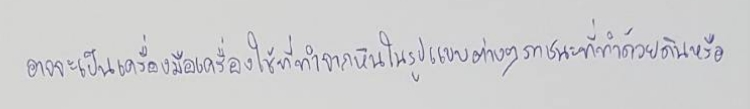
อาจจะเป็นเครื่องมือเครื่องใช้ที่ทำจากหินในรูปแบบต่างๆภาชนะที่ทำด้วยดินหรือโลหะ